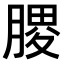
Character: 𫆪